Cholera in India, 1862 to 1881
Year: 1862
Disease focus: Cholera
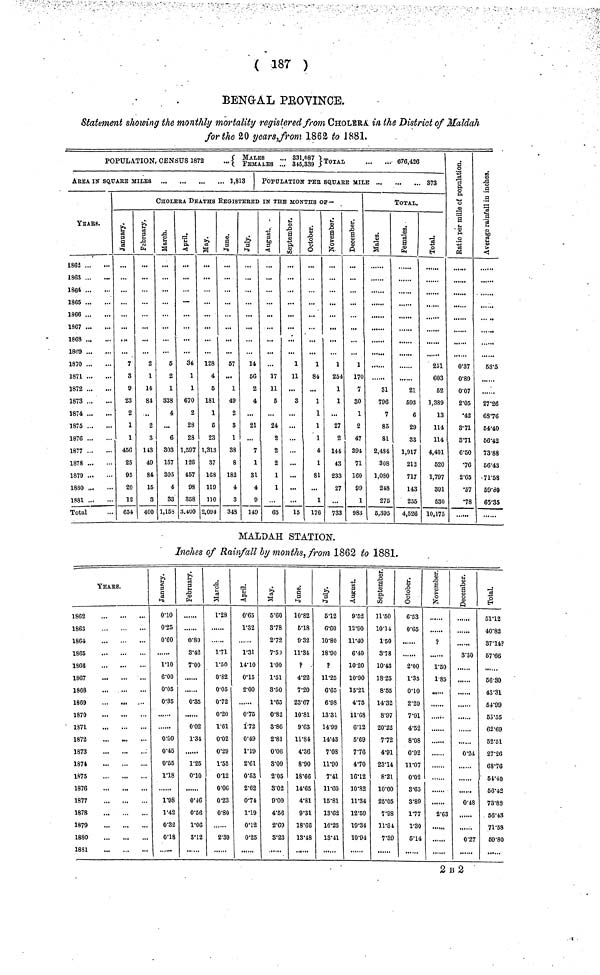
( 187 )
BENGAL PROVINCE.
Statement showing the monthly mortality registered from CHOLERA in the District of Maldah
for the 20 years,from 1862 to 1881.
POPULATION, CENSUS 1872
{ MALES FEMALES 331087 345,339 } TOTAL 676 ' 426
AREA IN SQUARE MILES
., 1,813
YEARS.
1862
1863
1864
1865
1866
1867
1868
1869
1870
1871
1872
1873
1874
1875
1876
1877
1878
1879
1880
1881
Total
POPULATION PER SQUARE MILE
... 873
CHOLERA DEATHS REGISTERED
THE MONTHS OF—
January.
7
3
9
23
2
1
1
456
25
95
20
12
654
February.
2
1
14
84
...
2
3
143
49
84
15
3
400
March.
6
2
1
338
4
...
6
303
157
305
4
33
1,15$
April.
34
1
1
670
2
28
23
1,597
126
457
98
358
3.400
May.
128
4
6
181
1
5
23
1,313
87
168
119
110
2,094
June.
57
...
1
49
2
3
1
33
8
182
4
3
343
July.
14
56
2
4
...
21
...
7
1
31
4
9
149
August.
17
11
5
24
2
2
2
1
1
65
September.
1
11
...
3
...
...
...
...
...
...
15
October.
1
84
...
1
1
1
1
4
1
81
...
1
176
November.
1
254
1
1
...
27
2
144
43
233
27
733
December.
1
170
7
30
1
2
47
394
71
160
99
1
983
TOTAL.
Males.
31
796
7
85
81
2,484
308
1,080
248
275
5,395
Females
21
693
6
29
33
1,917
212
717
143
255
4,526
Total.
251
603
62
1,339
13
114
114
4,401
620
1,797
391
530
10,175
Ratio mille of
Population.
0.37
0.89
0.07
2.05
•42
3.71
3.71
6.50
•76
2.65
•57
•78
Average rainfall
in inches.
53.5
27.26
6S76
54.40
56.42
73.88
56.43
71.58
59.80
65.35
MALDAH STATION.
Inches of Rainfall by months, from 1862 to 1881.
YEARS.
1862
1863
1864
1865
1866
1867
1868
1869
—
1870
1871
1872
1873
1874
1875
1876
1877
1878
1879
1880
1831
January
0.10
0.25
0.60
no
6.00
0.05
0.35
0.09
0.45
0.55
1.18
1.98
1.42
0.32
0.18
February.
0.80
3.42
7.00
0.35
0.02
1.34
1.25
0.10
0.46
0.56
1.06
3.12
March.
1.28
171
1.50
0.82
0.05
0.72
0.20
1.61
0.02
0.29
1.55
0.12
0.06
0.23
0.80
2.39
April.
0.65
1.32
1.31
14.10
0.15
2.00
0.75
1.72
0.49
1.19
2.61
0.53
2.62
0.74
1.19
0.12
0.25
May.
5.60
3.78
2.72
7.50
1.00
1.51
3.50
1.65
0.82
3.86
2.81
0.06
3.09
2.05
3.02
9.09
4.56
2.69
8.23
June.
10.82
5.18
9.32
11.34
?
4.22
7.20
23.67
10.81
9.63
11.84
4.36
8.90
18.66
14.65
4.81
9.31
18.66
13.48
July.
5.12
6.60
10.80
18.90
?
11.25
6'65
6.98
13.31
14.99
14.43
7.08
11.90
7.41
11.60
15.81
18.62
16.25
13.41
August
9.52
12.90
11.40
6.40
10.20
10.90
15.21
4.75
11.68
6.12
5.69
7.76
4.70
16.12
10.82
11.34
12.69
19.34
10.94
September.
11.50
10.14
1.50
3.78
10.43
18.25
8.55
14.32
8.97
20.22
772
4.91
23.14
8.21
10.00
25.05
7.98
11.84
7.39
October
6.53
0.65
2.00
1.35
0.10
2.20
7.01
4.52
8.08
0.92
11.07
0.02
3.65
3.89
1.77
1.30
5.14
November
?
1.50
1.85
2.63
December
3.30
......
0.24
0.48
......
0.27
Total
51.12
40'82
37.14?
57.66
56.80
43.31
64.99
63.55
62.69
52.51
27-26
6876
54.40
66.42
73.88
56.43
71.58
69.80
2 B 2